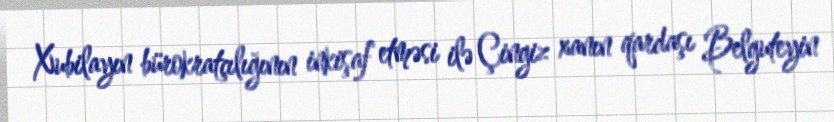
Xubilayın bürokratçılığının inkişaf etməsi ilə Çingiz xanın qardaşı Belguteyin